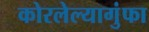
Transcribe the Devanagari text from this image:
कोरलेल्यागुंफा